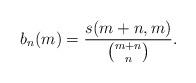
LaTeX: \begin{align*} b_n(m)= \dfrac{s(m+n,m)}{\binom{m+n}{n}}.\end{align*}